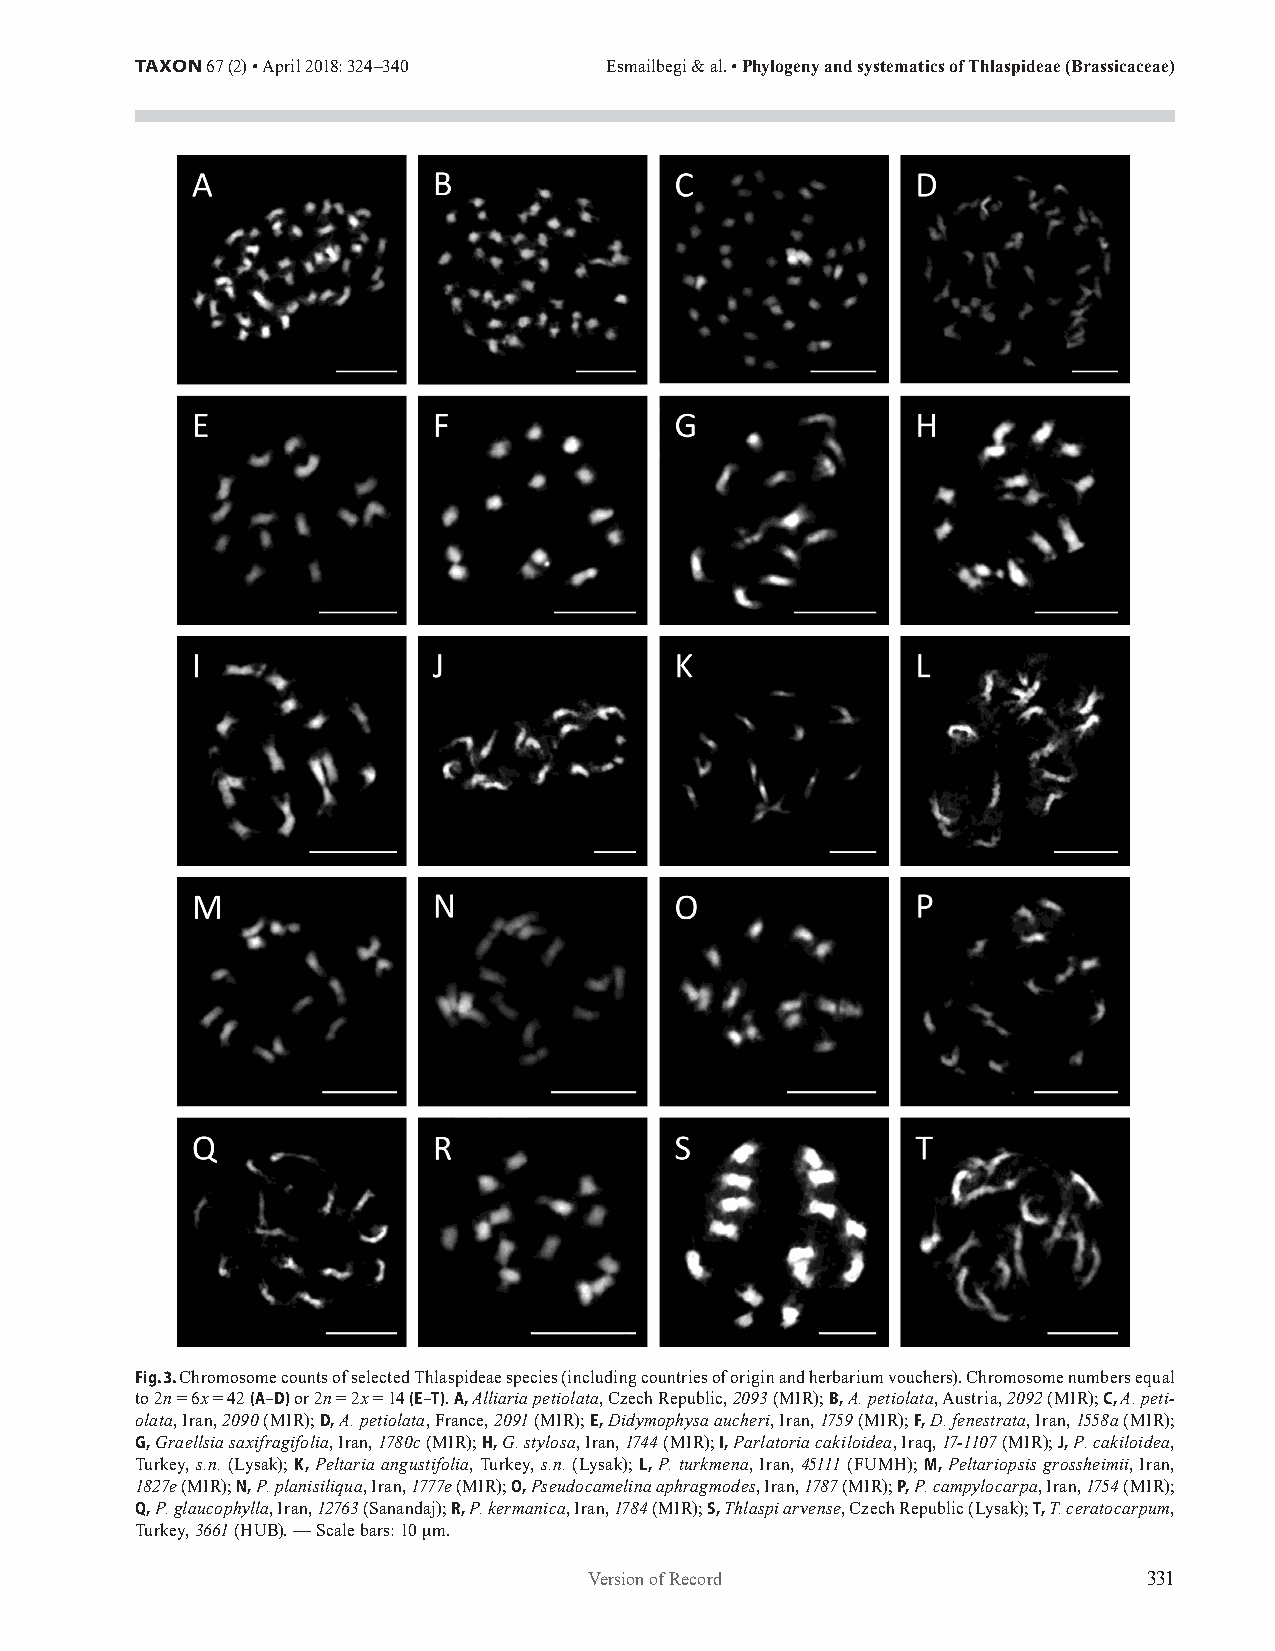
TAXON 67 (2) • April 2018: 324–340 Esmailbegi & al. • Phylogeny and systematics of Thlaspideae (Brassicaceae)
 Fig. 3. Chromosome counts of selected Thlaspideae species (including countries of origin and herbarium vouchers). Chromosome numbers equal
 to 2n = 6x = 42 (A–D) or 2n = 2x = 14 (E–T). A, Alliaria petiolata, Czech Republic, 2093 (MIR); B, A. petiolata, Austria, 2092 (MIR); C, A. peti-
 olata, Iran, 2090 (MIR); D, A. petiolata, France, 2091 (MIR); E, Didymophysa aucheri, Iran, 1759 (MIR); F, D. fenestrata, Iran, 1558a (MIR);
 G, Graellsia saxifragifolia, Iran, 1780c (MIR); H, G. stylosa, Iran, 1744 (MIR); I, Parlatoria cakiloidea, Iraq, 17-1107 (MIR); J, P. cakiloidea,
 Turkey, s.n. (Lysak); K, Peltaria angustifolia, Turkey, s.n. (Lysak); L, P. turkmena, Iran, 45111 (FUMH); M, Peltariopsis grossheimii, Iran,
 1827e (MIR); N, P. planisiliqua, Iran, 1777e (MIR); O, Pseudocamelina aphragmodes, Iran, 1787 (MIR); P, P. campylocarpa, Iran, 1754 (MIR);
 Q, P. glaucophylla, Iran, 12763 (Sanandaj); R, P. kermanica, Iran, 1784 (MIR); S, Thlaspi arvense, Czech Republic (Lysak); T, T. ceratocarpum,
 Turkey, 3661 (HUB). — Scale bars: 10 μm.
 Version of Record                    331